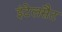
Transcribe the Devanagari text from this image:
इंटेलसैट